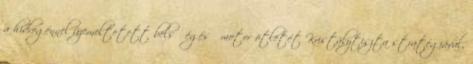
a hidrogénnel üzemeltetett belső égésű motor ötletét Kristálytiszta stratégiával,